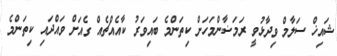
ޝައިޚް ސަލާމް ވިދާޅުވީ ރަމަޟާންމަހަށް ކިތަންމެ ބައިވަރު ކާއެއްޗެއް ގެއަށް ވައްދައި ކިތަންމެ